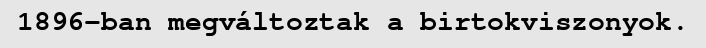
1896-ban megváltoztak a birtokviszonyok.